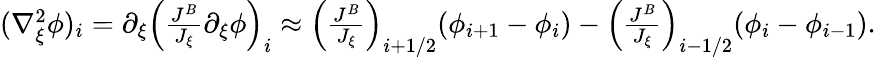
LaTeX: \begin{array}{r}{(\nabla_{\xi}^{2}\phi)_{i}=\partial_{\xi}\left(\frac{J^{B}}{J_{\xi}}\partial_{\xi}\phi\right)_{i}\approx\left(\frac{J^{B}}{J_{\xi}}\right)_{i+1/2}(\phi_{i+1}-\phi_{i})-\left(\frac{J^{B}}{J_{\xi}}\right)_{i-1/2}(\phi_{i}-\phi_{i-1}).}\end{array}